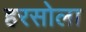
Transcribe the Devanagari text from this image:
हरसोला